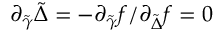
\partial _ { \tilde { \gamma } } \tilde { \Delta } = - \partial _ { \tilde { \gamma } } f / \partial _ { \tilde { \Delta } } f = 0